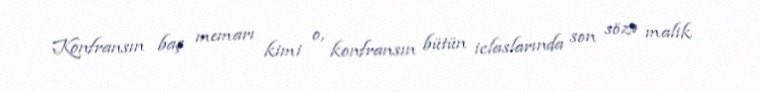
Konfransın baş memarı kimi o, konfransın bütün iclaslarında son sözə malik